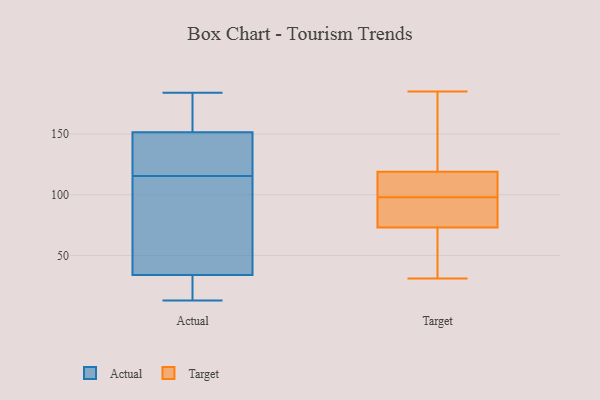
{"axis": {"x": "Bounce Rate (%)", "y": "Value"}, "legend": ["Actual", "Target"], "data": [{"x": "", "y": 122, "type": "Actual"}, {"x": "", "y": 174, "type": "Actual"}, {"x": "", "y": 29, "type": "Actual"}, {"x": "", "y": 156, "type": "Actual"}, {"x": "", "y": 26, "type": "Actual"}, {"x": "", "y": 133, "type": "Actual"}, {"x": "", "y": 13, "type": "Actual"}, {"x": "", "y": 86, "type": "Actual"}, {"x": "", "y": 60, "type": "Actual"}, {"x": "", "y": 137, "type": "Actual"}, {"x": "", "y": 147, "type": "Actual"}, {"x": "", "y": 25, "type": "Actual"}, {"x": "", "y": 109, "type": "Actual"}, {"x": "", "y": 158, "type": "Actual"}, {"x": "", "y": 51, "type": "Actual"}, {"x": "", "y": 25, "type": "Actual"}, {"x": "", "y": 39, "type": "Actual"}, {"x": "", "y": 140, "type": "Actual"}, {"x": "", "y": 162, "type": "Actual"}, {"x": "", "y": 184, "type": "Actual"}, {"x": "", "y": 82, "type": "Target"}, {"x": "", "y": 119, "type": "Target"}, {"x": "", "y": 100, "type": "Target"}, {"x": "", "y": 32, "type": "Target"}, {"x": "", "y": 179, "type": "Target"}, {"x": "", "y": 154, "type": "Target"}, {"x": "", "y": 31, "type": "Target"}, {"x": "", "y": 105, "type": "Target"}, {"x": "", "y": 116, "type": "Target"}, {"x": "", "y": 77, "type": "Target"}, {"x": "", "y": 121, "type": "Target"}, {"x": "", "y": 185, "type": "Target"}, {"x": "", "y": 111, "type": "Target"}, {"x": "", "y": 63, "type": "Target"}, {"x": "", "y": 73, "type": "Target"}, {"x": "", "y": 96, "type": "Target"}, {"x": "", "y": 34, "type": "Target"}, {"x": "", "y": 88, "type": "Target"}]}